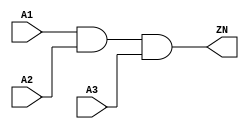
module AND3_X2 (A1, A2, A3, ZN);
  input A1;
  input A2;
  input A3;
  output ZN;

  and(ZN, i_4, A3);
  and(i_4, A1, A2);


endmodule